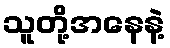
သူတို့အနေနဲ့